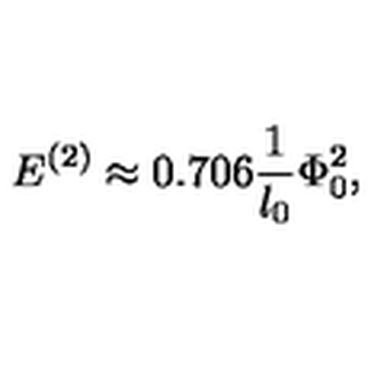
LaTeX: E ^ { ( 2 ) } \approx 0 . 7 0 6 \frac { 1 } { l _ { 0 } } \Phi _ { 0 } ^ { 2 } ,